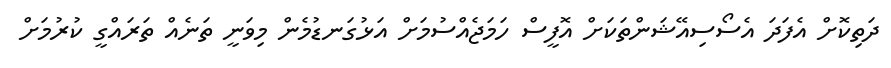
ދަތިކޮށް އެފަދަ އެސޯސިއޭޝަންތަކަށް އޮފީސް ހަމަޖެއްސުމަށް އަޅުގަނޑުމެން މިވަނީ ތަނެއް ތަރައްގީ ކުރުމަށް